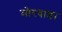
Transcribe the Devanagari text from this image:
मोरवाडा